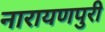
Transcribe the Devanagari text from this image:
नारायणपुरी